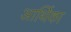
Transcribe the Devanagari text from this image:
आर्थिका